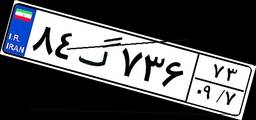
۰۰گ۰۱۲۰۲